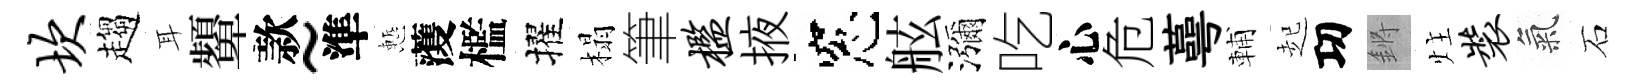
坎趨耳顰款~準慙𮑮檻擢榻筆槛掖窓舷瀰吃心危蕚輔起㓛鏘炷装氣石